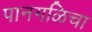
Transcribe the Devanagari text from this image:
पानगळिचा